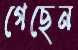
গেছেন